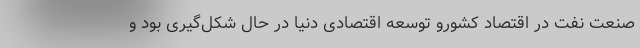
صنعت نفت در اقتصاد کشورو توسعه اقتصادی دنیا در حال شکل‌گیری بود و